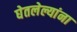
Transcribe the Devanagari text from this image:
घेतलेल्यांना